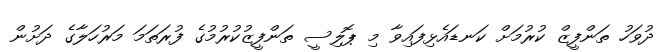
ދުވަހު ތަންފީޒް ކުރުމަށް ކަނޑައެޅިފައިވާ މި ޕޮލިސީ ތަންފީޒުކުރުމުގެ ފުރަތަމަ މަރުހަލާގެ ދަށުން